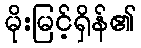
မိုးမြင့်ရှိန်၏